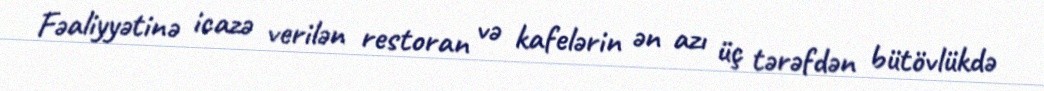
Fəaliyyətinə icazə verilən restoran və kafelərin ən azı üç tərəfdən bütövlükdə